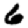
Digit: 6